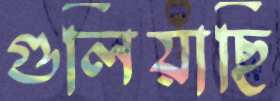
গুলিয়াছি